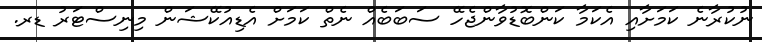
ނުކުރާނެ ކަމަށާއި އެކަމާ ކަންބޮޑުވާންޖެހޭ ސަބަބެއް ނެތް ކަމަށް އެޑިއުކޭޝަން މިނިސްޓަރު ޑރ.